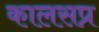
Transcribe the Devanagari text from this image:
कालसप्र